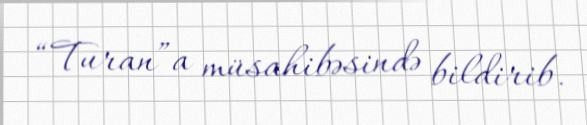
“Turan”a müsahibəsində bildirib.